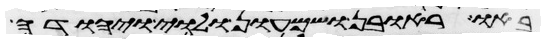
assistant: באו ראובן ושמעון ולוי ויהודה